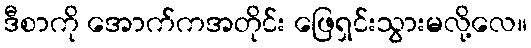
ဒီစာကို အောက်ကအတိုင်း ဖြေရှင်းသွားမလို့လေ။